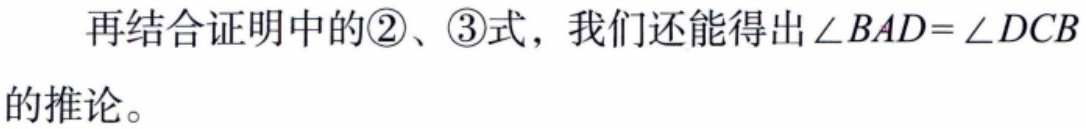
再结合证明中的\textcircled{2}、\textcircled{3}式，我们还能得出\(\angle BAD = \angle DCB\)的推论。